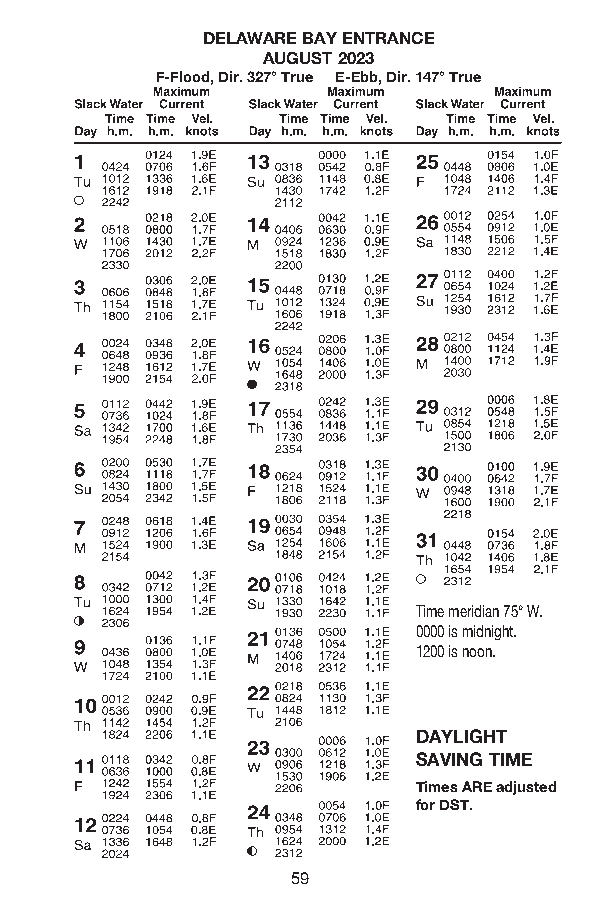
DELAWARE BAY ENTRANCE
 AUGUST 2023
 F-Flood, Dir . 327° True E-Ebb, Dir . 147° True
 Time meridian 75° W.
 0000 is midnight.
 1200 is noon.
 DAYLIGHT
 SAVING TIME
 Times ARE adjusted
 for DST.
 59